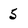
Character: 5